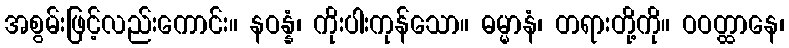
အစွမ်းဖြင့်လည်းကောင်း။ နဝန္နံ၊ ကိုးပါးကုန်သော။ ဓမ္မာနံ၊ တရားတို့ကို။ ဝဝတ္ထာနေ၊